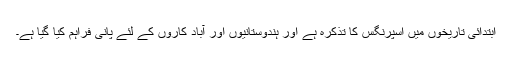
ابتدائی تاریخوں میں اسپرنگس کا تذکرہ ہے اور ہندوستانیوں اور آباد کاروں کے لئے پانی فراہم کیا گیا ہے۔